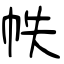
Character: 帙